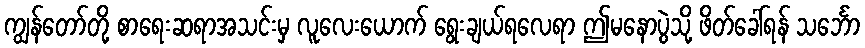
ကျွန်တော်တို့ စာရေးဆရာအသင်းမှ လူလေးယောက် ရွေးချယ်ရလေရာ ဤမနောပွဲသို့ ဖိတ်ခေါ်ရန် သင်္ဘော